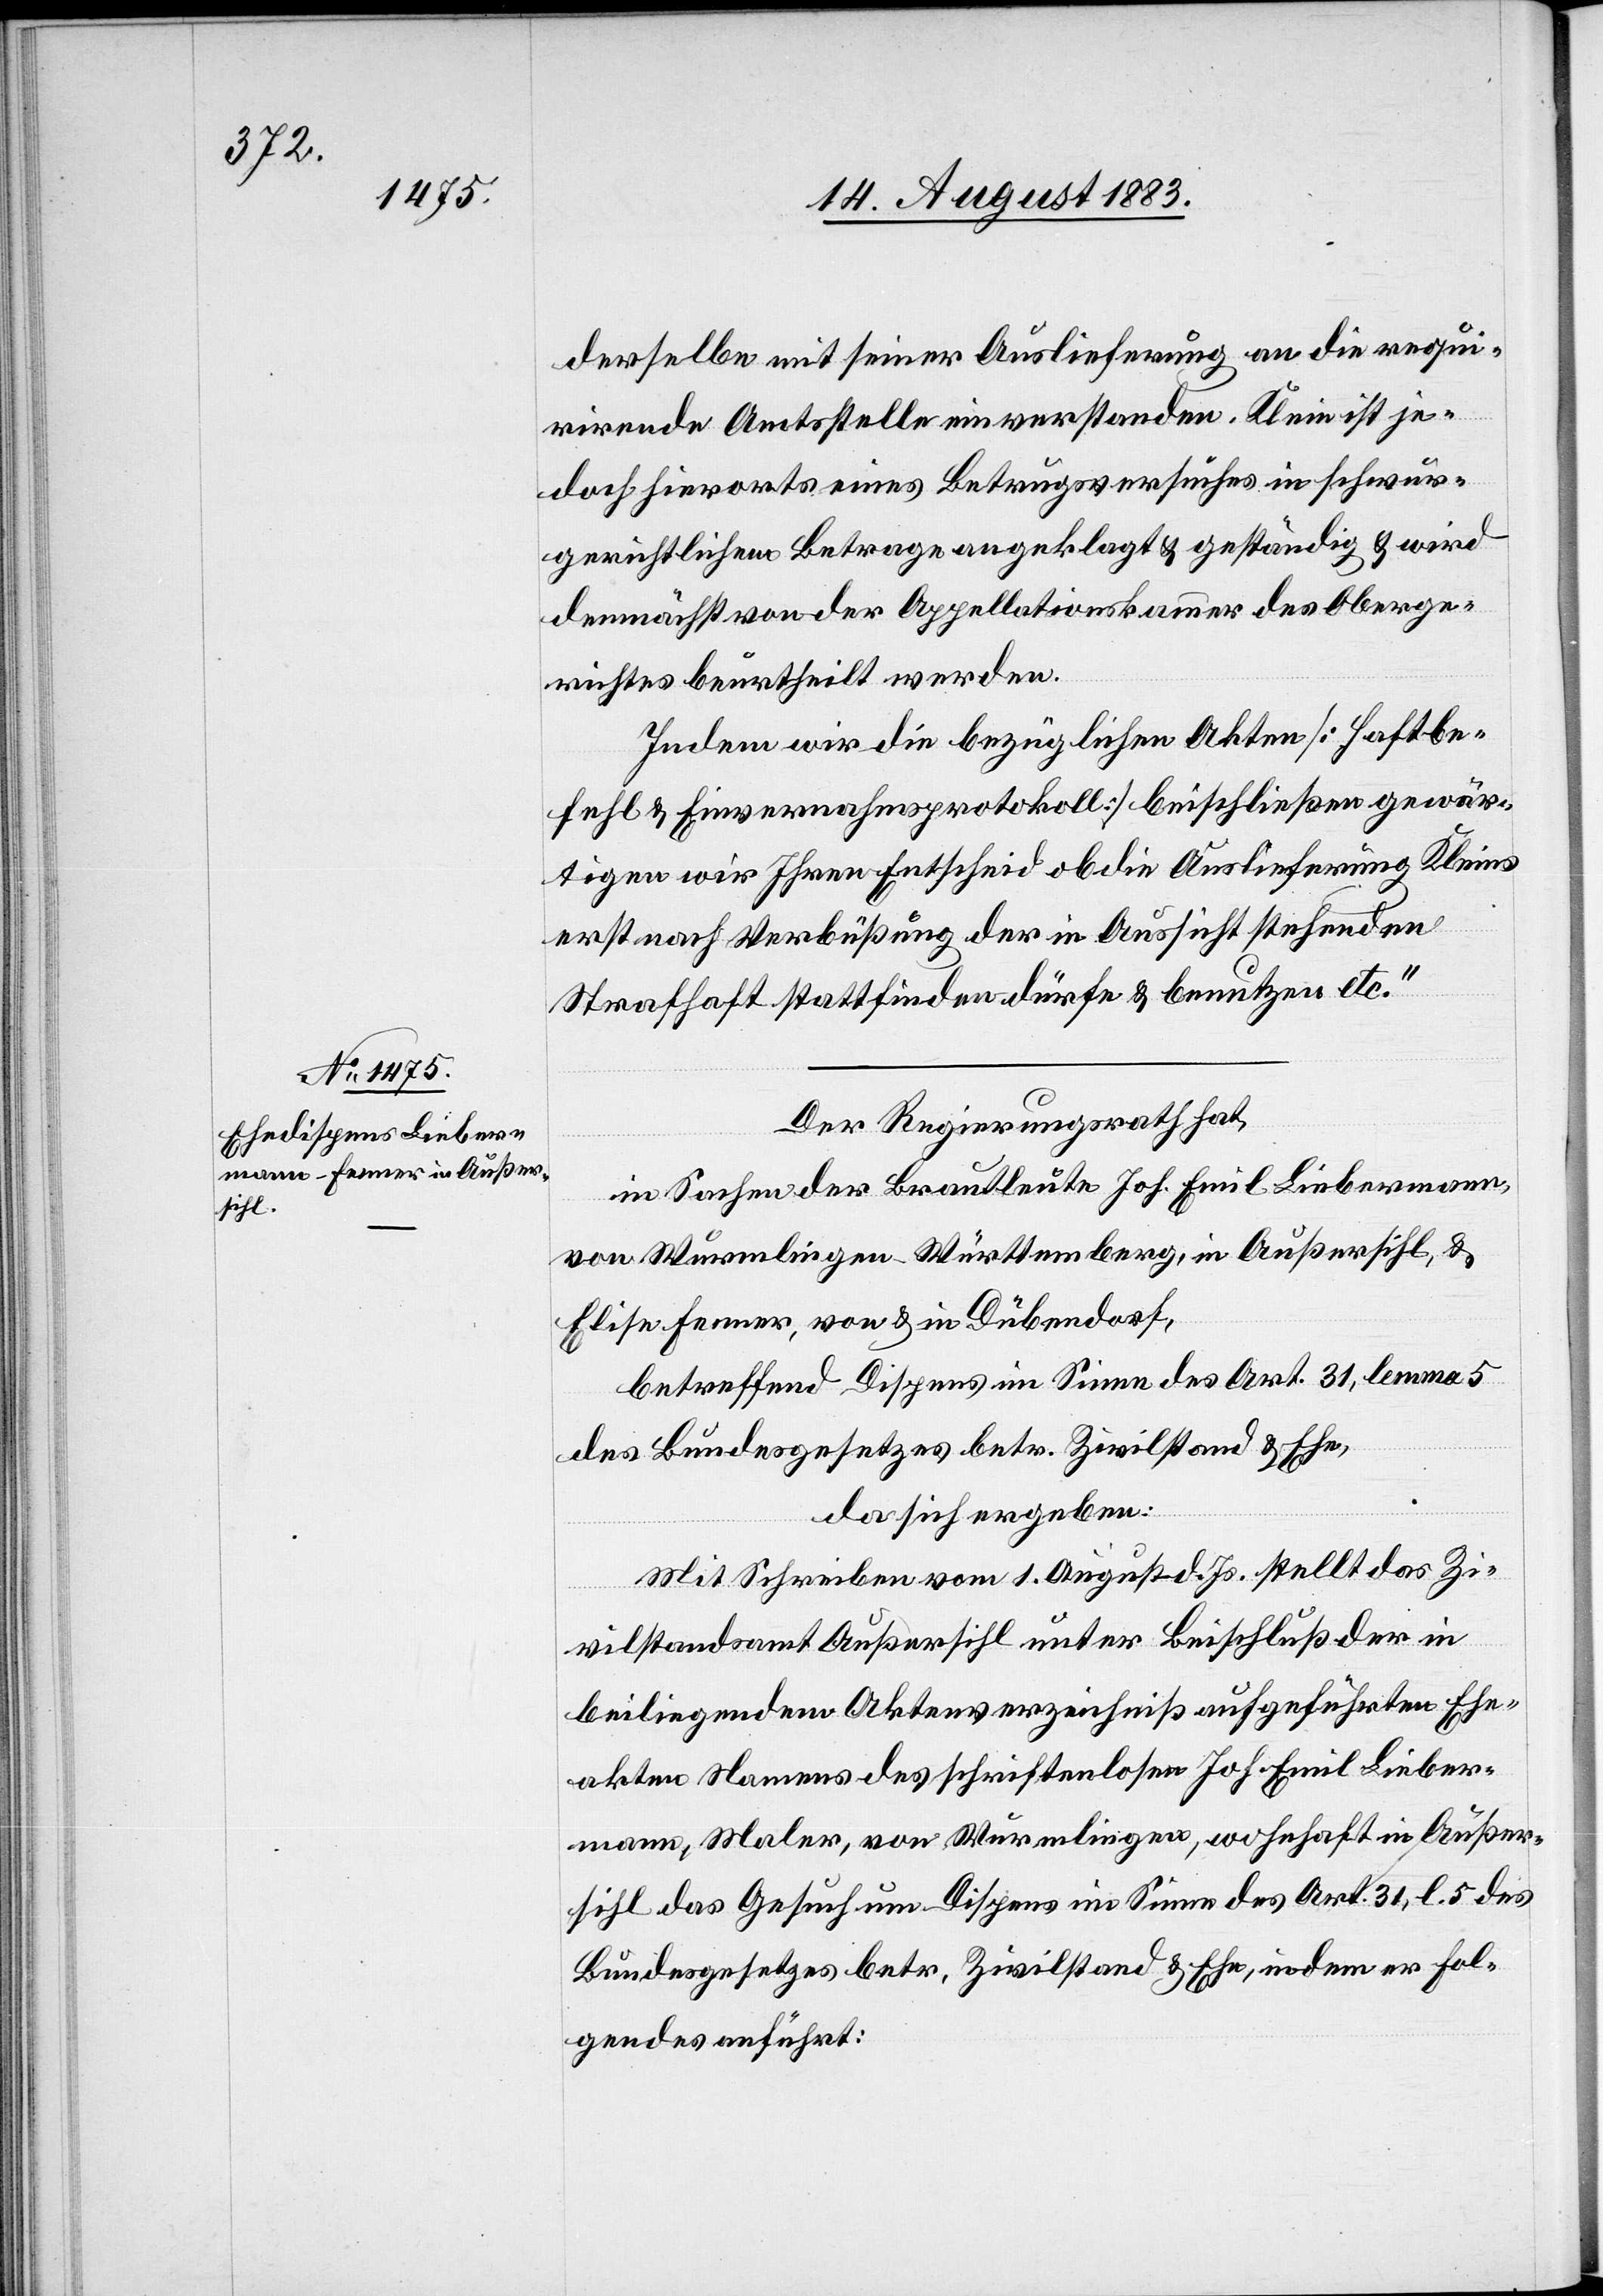
derselbe mit seiner Auslieferung an die requi¬
rirende Amtsstelle einverstanden. Klein ist je¬
doch hierorts eines Betrugsversuches in schwur¬
gerichtlichem Betrage angeklagt & geständig & wird
demnächst von der Appellationskammer des Oberge¬
richtes beurtheilt werden.
Indem wir die bezüglichen Akten [Haftbe¬
fehl & Einvernahmsprotokoll] beschließen gewär¬
tigen wir Ihren Entscheid ob die Auflieferung Kleins
erst nach Verbüßung der in Aussicht stehenden
Strafhaft stattfinden dürfe & benutzen etc.“
Der Regierungsrath hat,
in Sachen der Brautleute Joh. Emil Liebermann,
von Wurmlingen - Württemberg, in Außersihl, &
Elise Fenner, von & in Dübendorf,
betreffend Dispens im Sinne des Art. 31, lemma 5
des Bundesgesetzes betr. Zivilstand & Ehe,
da sich ergeben:
Mit Schreiben vom 1. August d. Js. stellt das Zi¬
vilstandsamt Außersihl unter Beischluß der in
beiliegendem Aktenverzeichniß aufgeführten Ehe¬
akten Namens der schriftenlosen Joh. Emil Lieber¬
mann, Maler, von Wurmlingen, wohnhaft in Außer¬
sihl das Gesuch um Dispens im Sinne des Art. 31, l. 5 des
Bundesgesetzes betr. Zivilstand & Ehe, indem er Fol¬
gendes anführt: